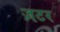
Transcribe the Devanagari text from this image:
ज़टर